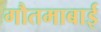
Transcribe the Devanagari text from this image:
गौतमाबाई